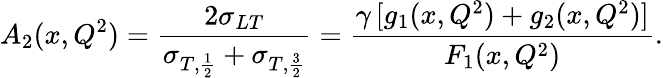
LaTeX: A_{2}(x,Q^{2})=\frac{2\sigma_{LT}}{\sigma_{T,\frac{1}{2}}+\sigma_{T,\frac{3}{2}}}=\frac{\gamma\, [g_{1}(x,Q^{2})+g_{2}(x,Q^{2})]}{F_{1}(x,Q^{2})}.